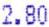
2.80